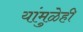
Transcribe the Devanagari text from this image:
यांमुळेही